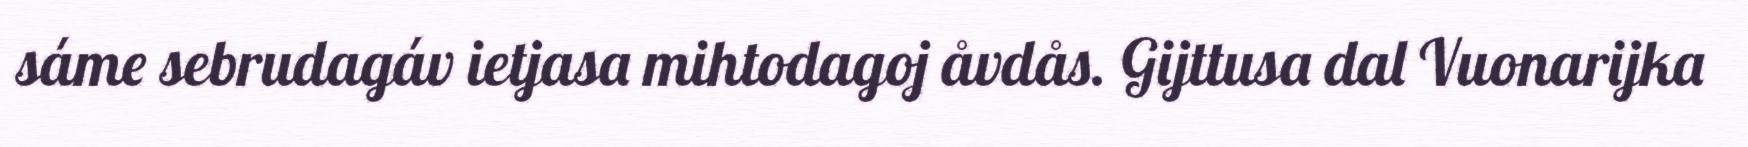
sáme sebrudagáv ietjasa mihtodagoj åvdås. Gijttusa dal Vuonarijka